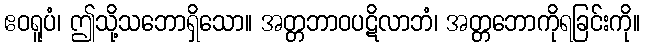
ဧဝရူပံ၊ ဤသို့သဘောရှိသော။ အတ္တဘာဝပဋိလာဘံ၊ အတ္တဘောကိုရခြင်းကို။